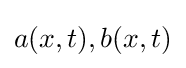
a(x,t),b(x,t)